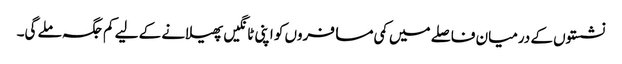
نشستوں کے درمیان فاصلے میں کمی مسافروں کو اپنی ٹانگیں پھیلانے کے لیے کم جگہ ملے گی۔